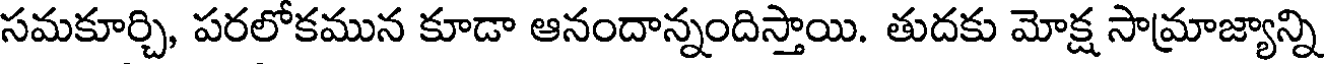
సమకూర్చి, పరలోకమున కూడా ఆనందాన్నందిస్తాయి. తుదకు మోక్ష సామ్రాజ్యాన్ని